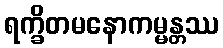
ရက္ခိတမနောကမ္မန္တဿ